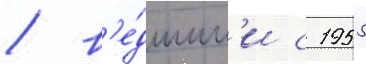
/ в'е́дшим'и с 1955